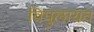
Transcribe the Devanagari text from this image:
विपुलायत